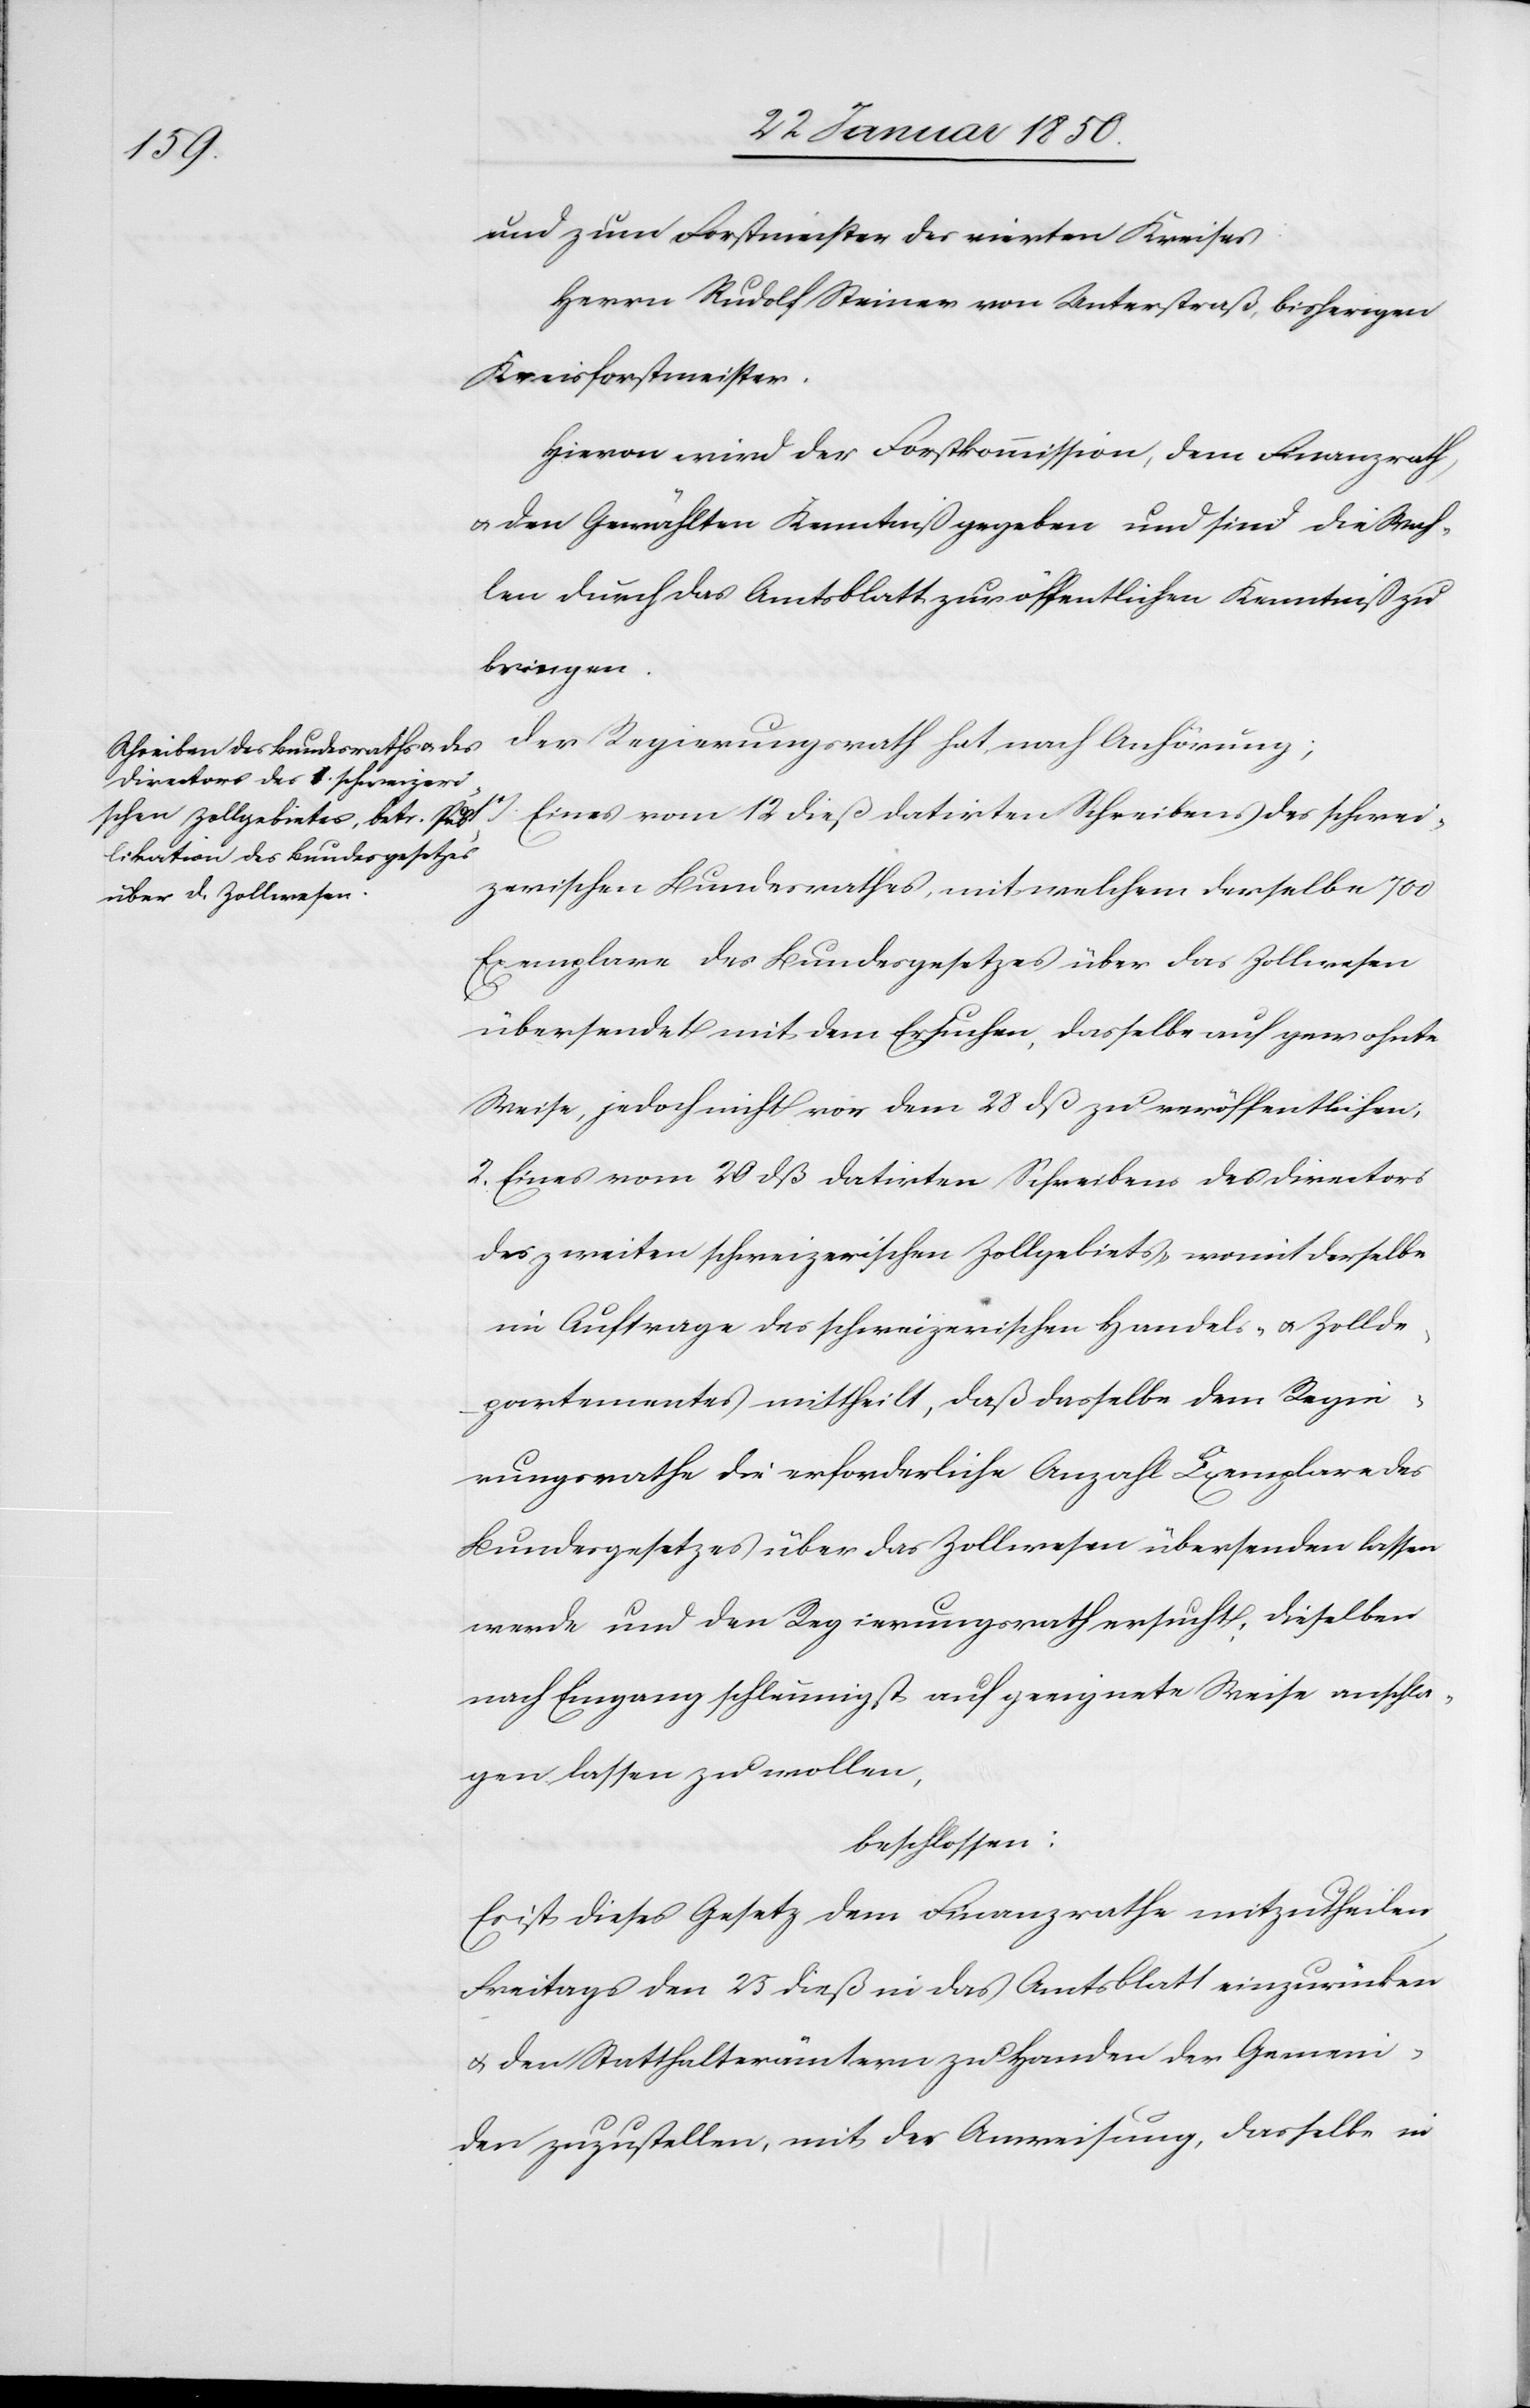
und zum Forstmeister des vierten Kreises:
Herrn Rudolf Steiner von Unterstraß, bisherigen
Kreisforstmeister.
Hievon wird der Forstkommission, dem Finanzrath
u. den Gewählten Kenntniß gegeben und sind die Wah¬
len durch das Amtsblatt zur öffentlichen Kenntniß zu
bringen.
Der Regierungsrath hat, nach Anhörung;
1o
Eines vom 12 dieß datirten Schreibens des schwei¬
zerischen Bundesrathes, mit welchem derselbe 700
Exemplare des Bundesgesetzes über das Zollwesen
übersendet mit dem Ersuchen, dasselbe auf gewohnte
Weise, jedoch nicht vor dem 28 dß zu veröffentlichen,
2. Eines vom 20 dß datirten Schreibens des Directors
des zweiten schweizerischen Zollgebiets, womit derselbe
im Auftrage des schweizerischen Handels- u. Zollde¬
partementes mittheilt, daß dasselbe dem Regie¬
rungsrathe die erforderliche Anzahl Exemplare des
Bundesgesetzes über das Zollwesen übersenden lassen
werde und den Regierungsrath ersucht, dieselben
nach Eingang schleunigst auf geeignete Weise anschla¬
gen lassen zu wollen,
beschlossen:
Es ist dieses Gesetz dem Finanzrathe mitzutheilen
Freitags den 25 dieß in das Amtsblatt einzurücken
u. den Statthalterämtern zu Handen der Gemein¬
den zuzustellen, mit der Anweisung, dasselbe in